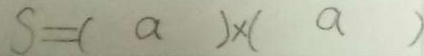
S = ( a ) \times ( a )